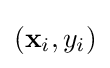
(\mathbf {x} _{i},y_{i})